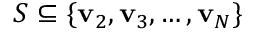
{ \cal S } \subseteq \{ \mathbf { v } _ { 2 } , \mathbf { v } _ { 3 } , \dots , \mathbf { v } _ { N } \}